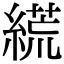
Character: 𦃑